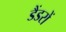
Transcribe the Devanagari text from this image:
डैंडरों